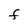
Character: F